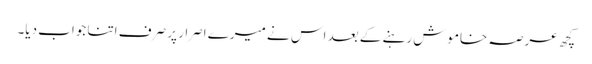
کچھ عرصہ خاموش رہنے کے بعد اس نے میرے اصرار پر صرف اتنا جواب دیا۔